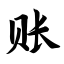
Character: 账